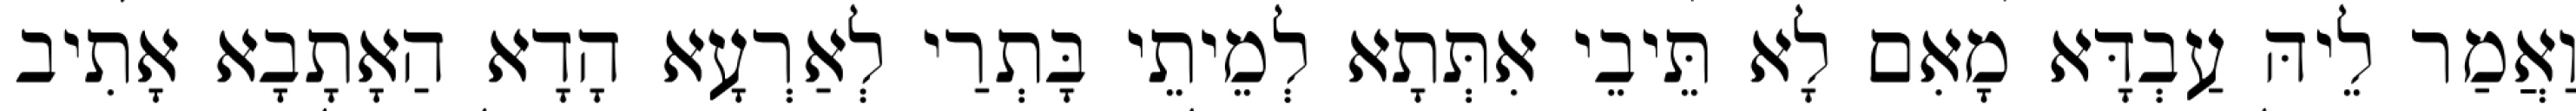
וַאֲמַר לֵיהּ עַבְדָּא מָאִם לָא תֵּיבֵי אִתְּתָא לְמֵיתֵי בָּתְרַי לְאַרְעָא הָדָא הַאָתָבָא אָתִיב